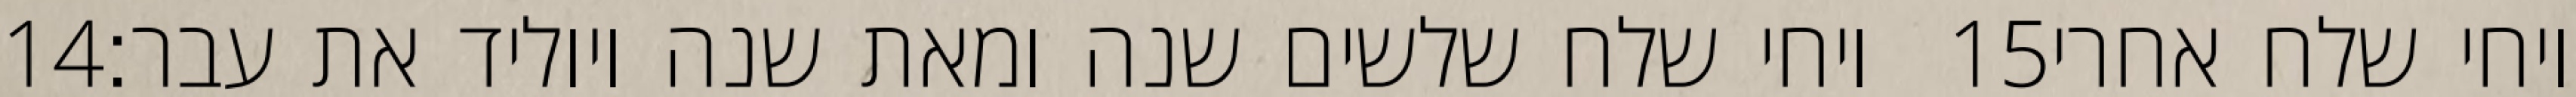
‎14‏ ויחי שלח שלשים שנה ומאת שנה ויוליד את עבר׃ ‎15‏ ויחי שלח אחרי